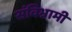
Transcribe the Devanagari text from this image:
संविभ्रामी